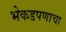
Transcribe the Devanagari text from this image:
भेकडपणाचा